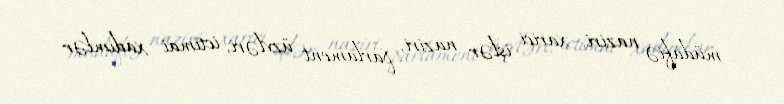
müdafiə naziri, xarici işlər naziri, parlament üzvləri, ictimai xadimlər